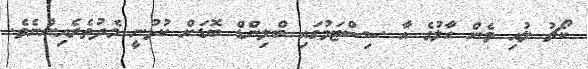
ކޯޗު ލުއި ވެން ހާލުގެ އާ ސިސްޓަމުގައި ބްލިންޑް ބޮޑަށް ކުޅުނީ މެދުތެރެއިންނެވެ.